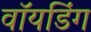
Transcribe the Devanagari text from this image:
वॉयडिंग